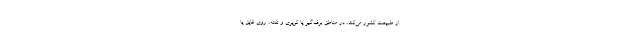
از طبیعت کشور می‌کند، در مناطق برف‌گیر یا کویری و تفته، روی قایق یا